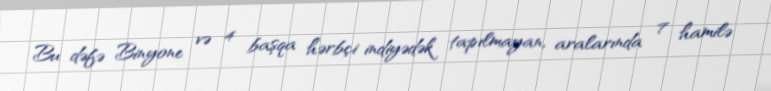
Bu dəfə Binyone və 4 başqa hərbçi indiyədək tapılmayan, aralarında 7 hamilə